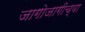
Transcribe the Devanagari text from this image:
जागोजागीच्या